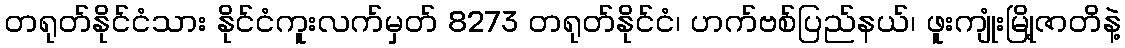
တရုတ်နိုင်ငံသား နိုင်ငံကူးလက်မှတ် 8273 တရုတ်နိုင်ငံ၊ ဟက်ဗစ်ပြည်နယ်၊ ဖူးကျုံးမြို့ဇာတိနဲ့